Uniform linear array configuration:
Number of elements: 8
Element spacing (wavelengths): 0.5
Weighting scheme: blackman
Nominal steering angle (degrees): -45
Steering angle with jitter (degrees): -45.484
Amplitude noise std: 0.05
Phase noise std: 0.05

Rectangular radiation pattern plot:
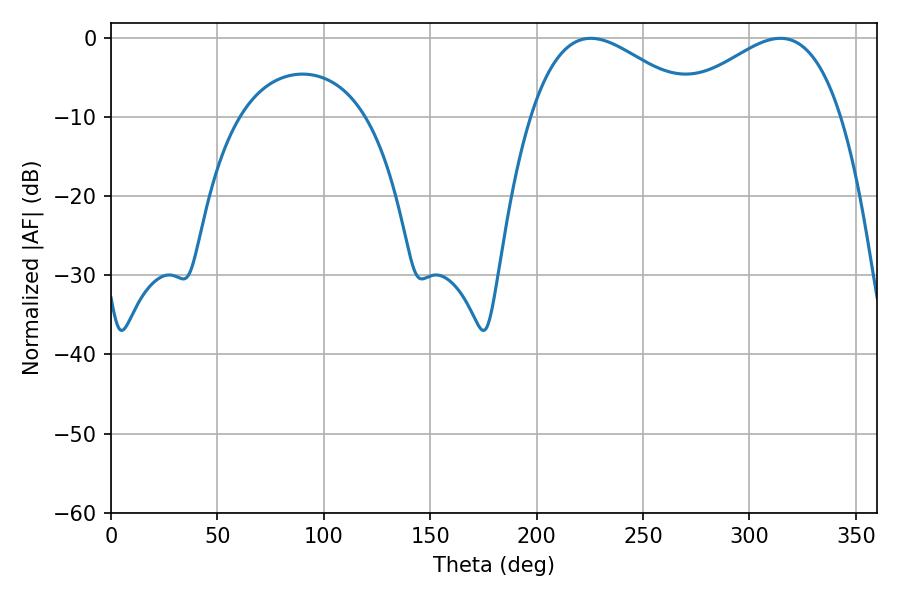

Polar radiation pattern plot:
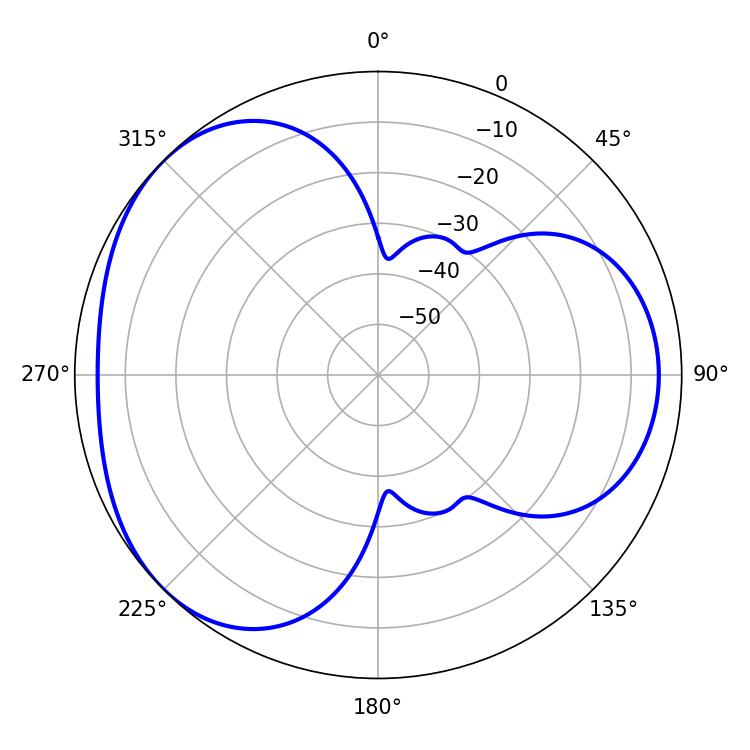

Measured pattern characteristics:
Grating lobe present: FALSE
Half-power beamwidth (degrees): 42.84
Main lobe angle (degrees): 225.54